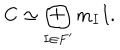
LaTeX: C \simeq \bigoplus _ { I \in F ^ { \prime } } m _ { I } I .